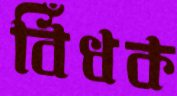
বিঁধক